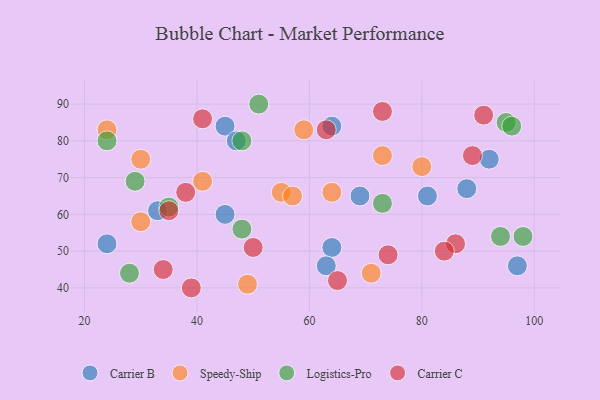
{"axis": {"x": "GDP", "y": "Life Expectancy"}, "legend": ["Carrier B", "Carrier C", "Logistics-Pro", "Speedy-Ship"], "data": [{"x": "88", "y": 67, "type": "Carrier B"}, {"x": "45", "y": 60, "type": "Carrier B"}, {"x": "81", "y": 65, "type": "Carrier B"}, {"x": "24", "y": 52, "type": "Carrier B"}, {"x": "92", "y": 75, "type": "Carrier B"}, {"x": "33", "y": 61, "type": "Carrier B"}, {"x": "64", "y": 84, "type": "Carrier B"}, {"x": "97", "y": 46, "type": "Carrier B"}, {"x": "45", "y": 84, "type": "Carrier B"}, {"x": "64", "y": 51, "type": "Carrier B"}, {"x": "63", "y": 46, "type": "Carrier B"}, {"x": "47", "y": 80, "type": "Carrier B"}, {"x": "69", "y": 65, "type": "Carrier B"}, {"x": "73", "y": 76, "type": "Speedy-Ship"}, {"x": "30", "y": 58, "type": "Speedy-Ship"}, {"x": "30", "y": 75, "type": "Speedy-Ship"}, {"x": "80", "y": 73, "type": "Speedy-Ship"}, {"x": "24", "y": 83, "type": "Speedy-Ship"}, {"x": "55", "y": 66, "type": "Speedy-Ship"}, {"x": "49", "y": 41, "type": "Speedy-Ship"}, {"x": "71", "y": 44, "type": "Speedy-Ship"}, {"x": "57", "y": 65, "type": "Speedy-Ship"}, {"x": "59", "y": 83, "type": "Speedy-Ship"}, {"x": "64", "y": 66, "type": "Speedy-Ship"}, {"x": "41", "y": 69, "type": "Speedy-Ship"}, {"x": "35", "y": 62, "type": "Logistics-Pro"}, {"x": "94", "y": 54, "type": "Logistics-Pro"}, {"x": "48", "y": 56, "type": "Logistics-Pro"}, {"x": "95", "y": 85, "type": "Logistics-Pro"}, {"x": "96", "y": 84, "type": "Logistics-Pro"}, {"x": "29", "y": 69, "type": "Logistics-Pro"}, {"x": "48", "y": 80, "type": "Logistics-Pro"}, {"x": "98", "y": 54, "type": "Logistics-Pro"}, {"x": "73", "y": 63, "type": "Logistics-Pro"}, {"x": "28", "y": 44, "type": "Logistics-Pro"}, {"x": "24", "y": 80, "type": "Logistics-Pro"}, {"x": "51", "y": 90, "type": "Logistics-Pro"}, {"x": "39", "y": 40, "type": "Carrier C"}, {"x": "63", "y": 83, "type": "Carrier C"}, {"x": "34", "y": 45, "type": "Carrier C"}, {"x": "86", "y": 52, "type": "Carrier C"}, {"x": "73", "y": 88, "type": "Carrier C"}, {"x": "38", "y": 66, "type": "Carrier C"}, {"x": "50", "y": 51, "type": "Carrier C"}, {"x": "35", "y": 61, "type": "Carrier C"}, {"x": "89", "y": 76, "type": "Carrier C"}, {"x": "41", "y": 86, "type": "Carrier C"}, {"x": "65", "y": 42, "type": "Carrier C"}, {"x": "74", "y": 49, "type": "Carrier C"}, {"x": "91", "y": 87, "type": "Carrier C"}, {"x": "84", "y": 50, "type": "Carrier C"}]}